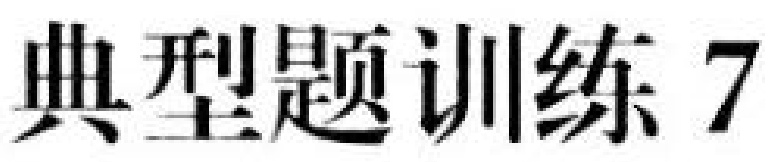
典型题训练 7